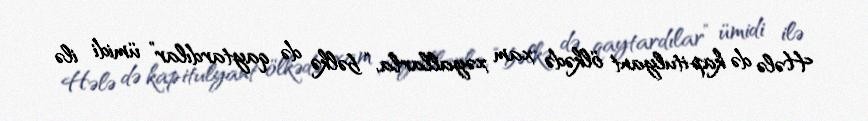
Hələ də kapitulyant ölkədə xam xəyallarla, “bəlkə də qaytardılar” ümidi ilə